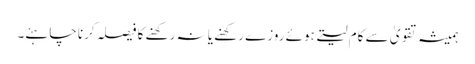
ہمیشہ تقویٰ سے کام لیتے ہوئے روزے رکھنے یا نہ رکھنے کا فیصلہ کرنا چاہئے۔